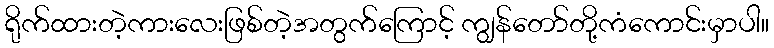
ရိုက်ထားတဲ့ကားလေးဖြစ်တဲ့အတွက်ကြောင့် ကျွန်တော်တို့ကံကောင်းမှာပါ။